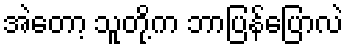
အဲတော့ သူတို့က ဘာပြန်ပြောလဲ